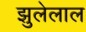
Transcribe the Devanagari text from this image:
झुलेलाल